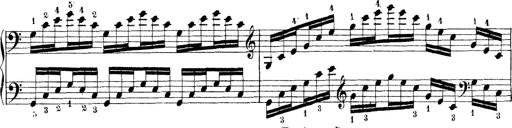
Title: Technische Studien
Composer: Franz Liszt